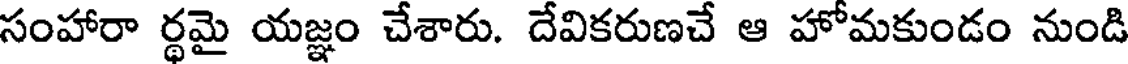
సంహారా ర్థమై యజ్ఞం చేశారు. దేవికరుణచే ఆ హోమకుండం నుండి